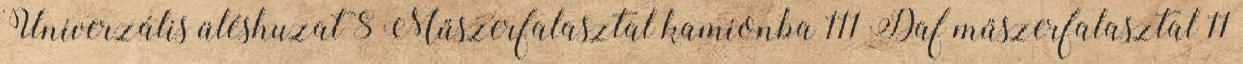
Univerzális üléshuzat 8 Műszerfalasztal kamionba 111 Daf műszerfalasztal 11